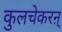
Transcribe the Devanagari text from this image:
कुलचेकरऩ्